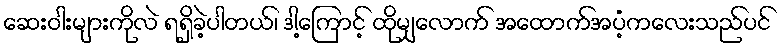
ဆေးဝါးများကိုလဲ ရရှိခဲ့ပါတယ်၊ ဒါ့ကြောင့် ထိုမျှလောက် အထောက်အပံ့ကလေးသည်ပင်